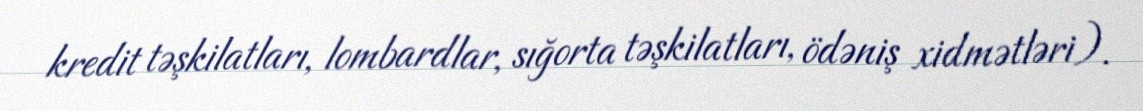
kredit təşkilatları, lombardlar, sığorta təşkilatları, ödəniş xidmətləri).